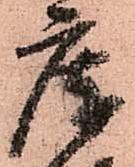
庫